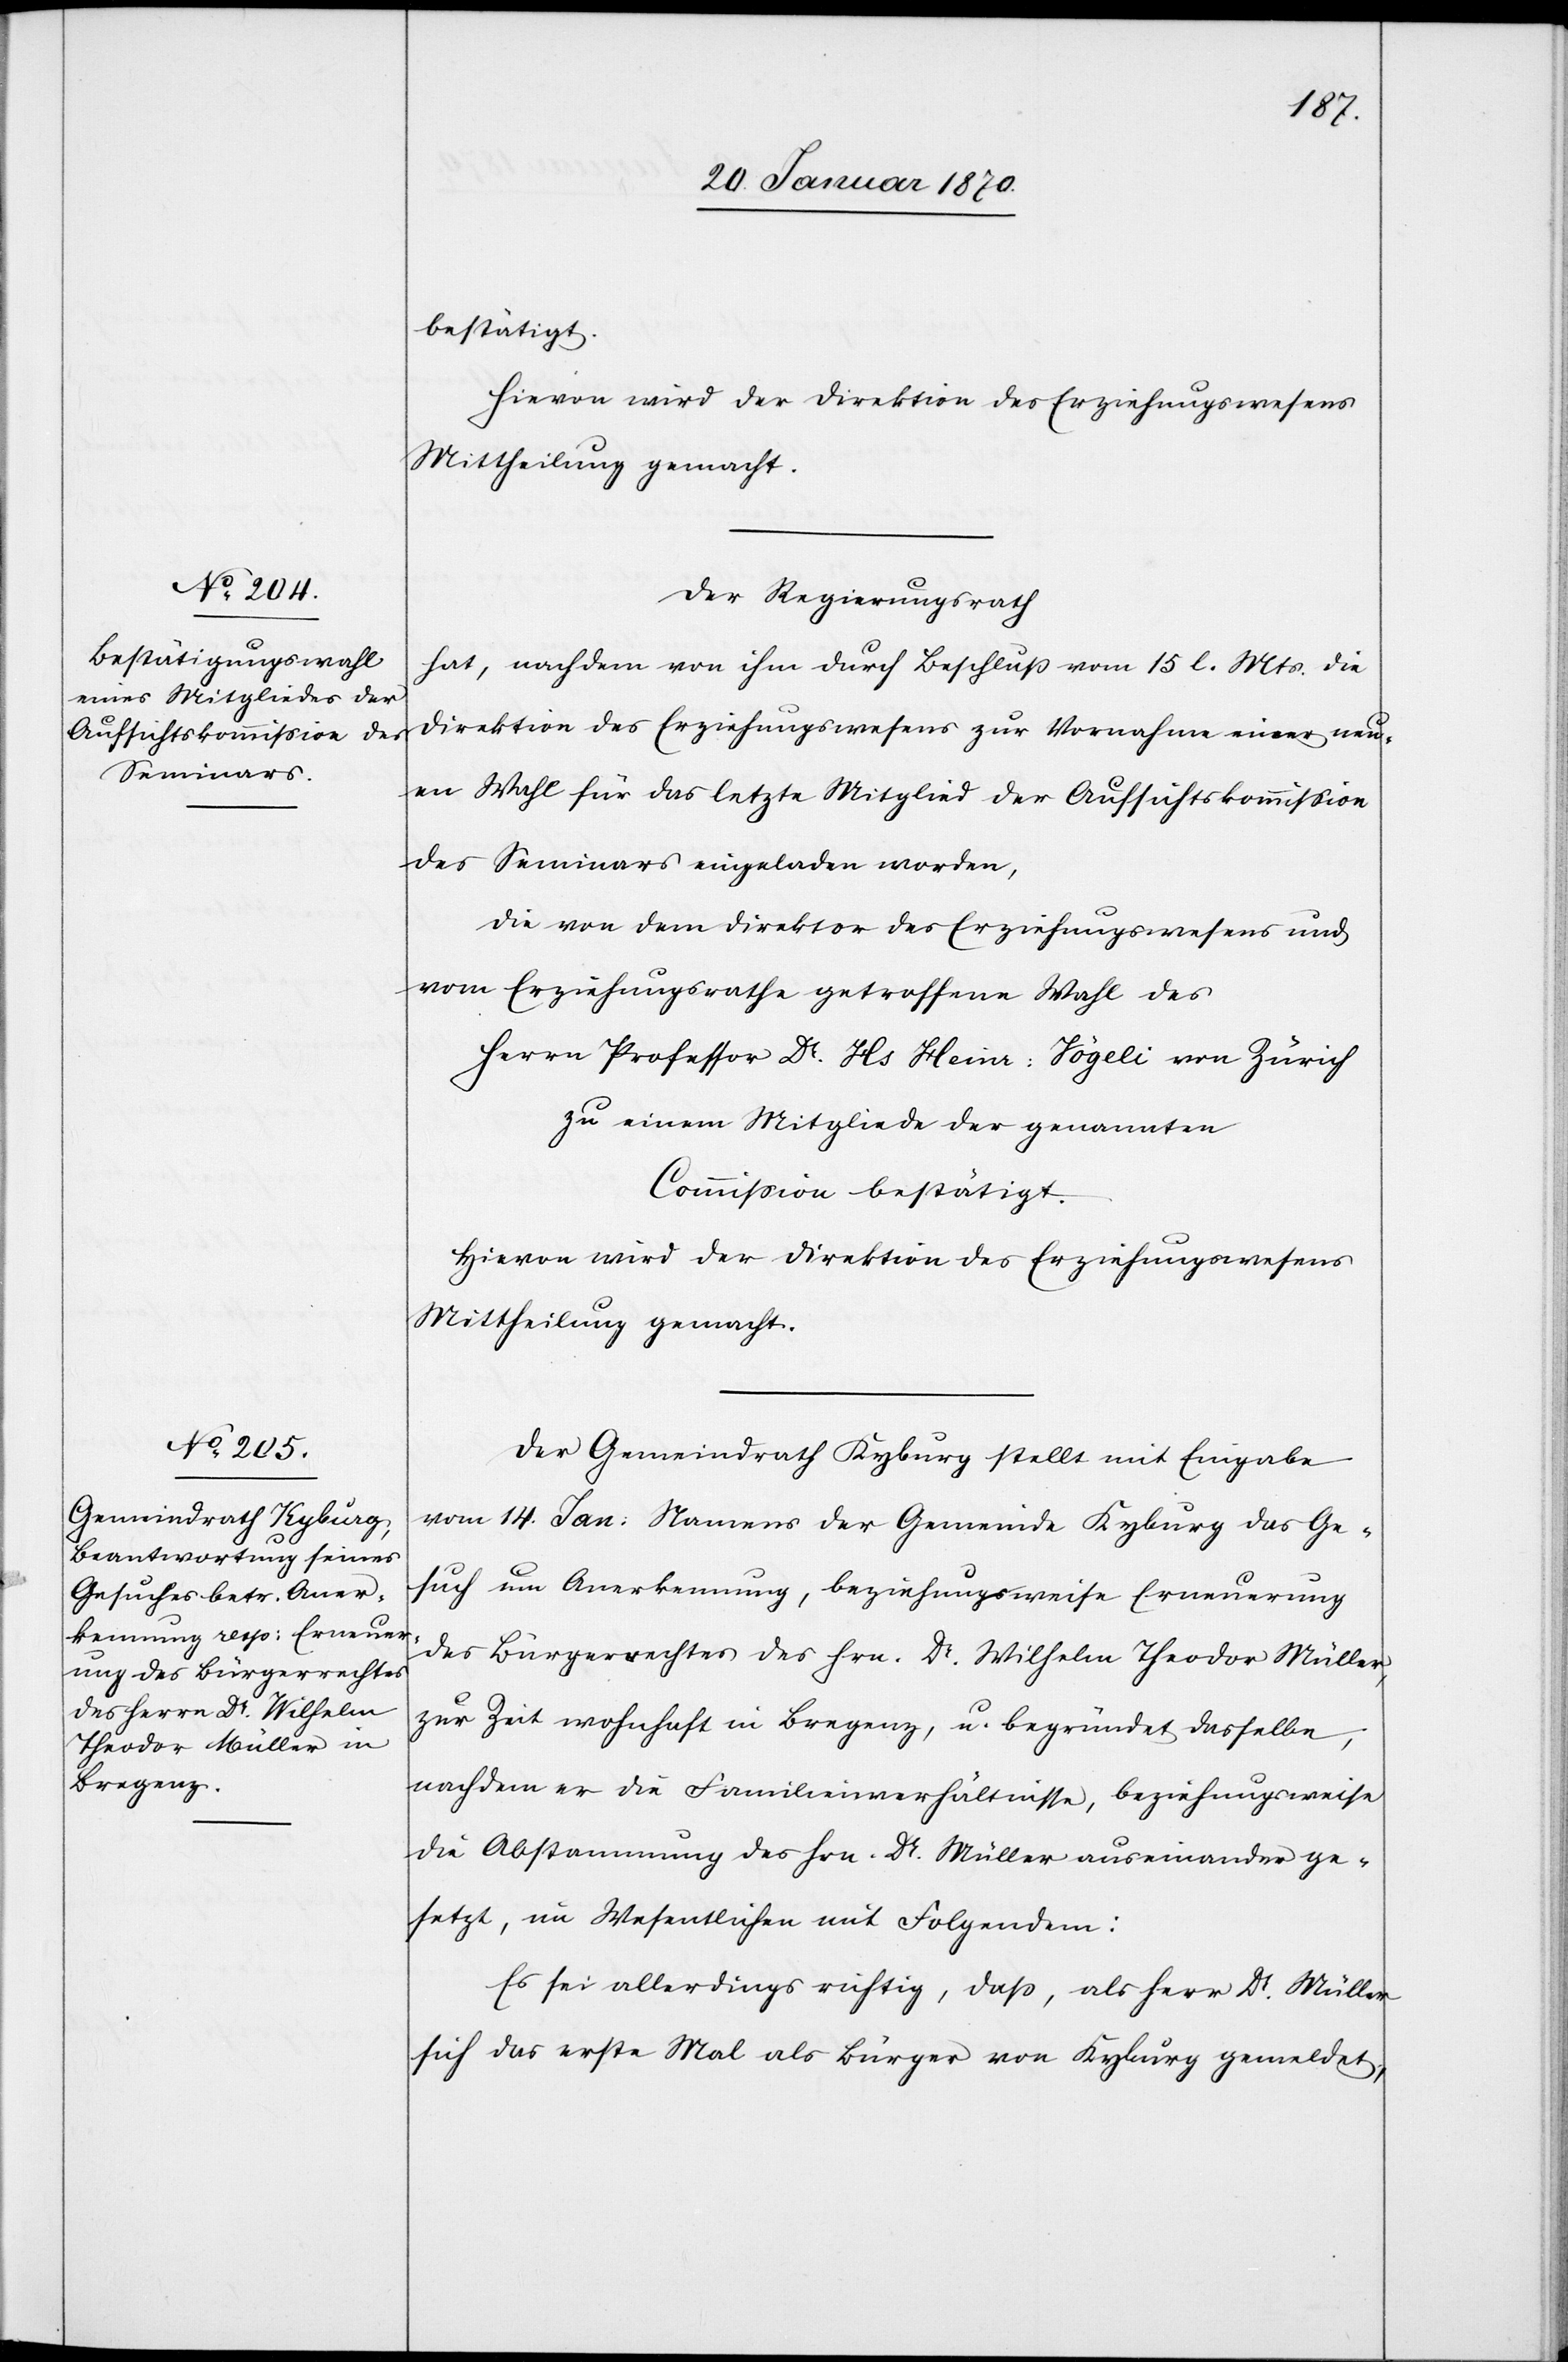
bestätigt.
Hievon wird der Direktion des Erziehungswesens
Mittheilung gemacht.
Der Regierungsrath
hat, nachdem von ihm durch Beschluß vom 15 l. Mts. die
Direktion des Erziehungswesens zur Vornahme einer neu¬
en Wahl für das letzte Mitglied der Aufsichtskommission
des Seminars eingeladen worden,
die von dem Direktor des Erziehungswesens und
vom Erziehungsrathe getroffene Wahl des
Herrn Professor Dr. Hs. Heinr: Vögeli von Zürich
zu einem Mitgliede der genannten
Commission bestätigt.
Hievon wird der Direktion des Erziehungswesens
Mittheilung gemacht.
Der Gemeindrath Kyburg stellt mit Eingabe
vom 14. Jan: Namens der Gemeinde Kyburg das Ge¬
such um Anerkennung, beziehungsweise Erneuerung
des Bürgerrechtes des Hrn. Dr. Wilhelm Theodor Müller,
zur Zeit wohnhaft in Bregenz, u. begründet dasselbe,
nachdem er die Familienverhältnisse, beziehungsweise
die Abstammung des Hrn. Dr. Müller auseinander ge¬
setzt, im Wesentlichen mit Folgendem:
Es sei allerdings richtig, daß, als Herr Dr. Müller
sich das erste Mal als Bürger von Kyburg gemeldet,